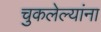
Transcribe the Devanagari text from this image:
चुकलेल्यांना